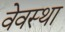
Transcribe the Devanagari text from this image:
वेवस्था